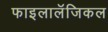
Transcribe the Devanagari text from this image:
फाइलालॅजिकल